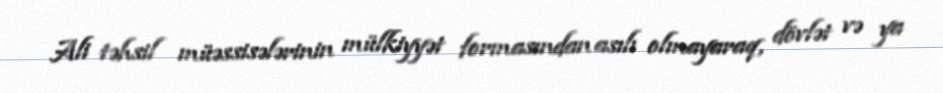
Ali təhsil müəssisələrinin mülkiyyət formasından asılı olmayaraq, dövlət və ya